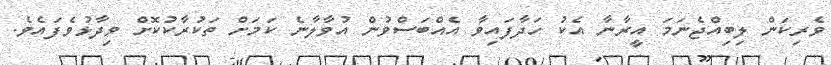
ވެރިކަން ލިބިއްޖެނަމަ އީރާނާ އެކު ހަދާފައިވާ އެއްބަސްވުން އުވާލާނެ ކަމަށް ތަކުރާކުކޮށް ވިދާޅުވެފައެވެ.